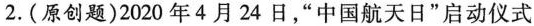
2.(原创题)2020年4月24日，”中国航天日”启动仪式